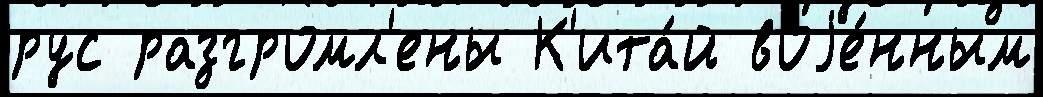
рус разгромл'ены К'ита́й воjе́нным